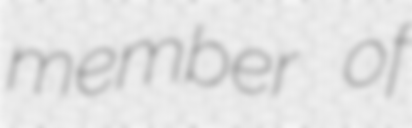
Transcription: member of